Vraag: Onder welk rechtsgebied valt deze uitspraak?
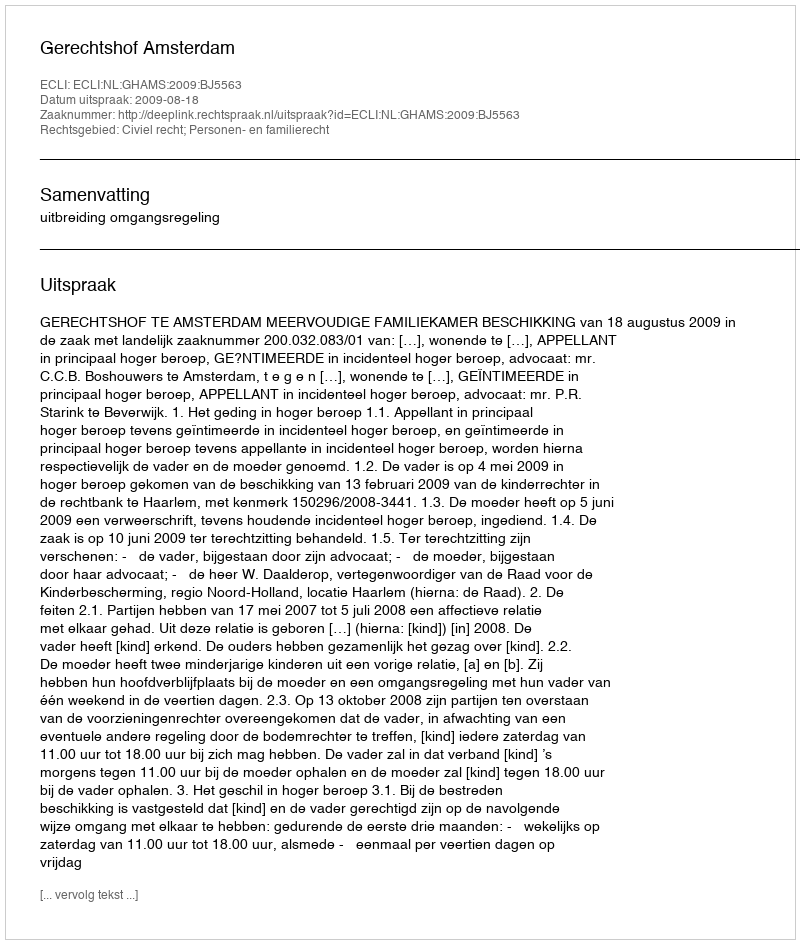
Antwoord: Civiel recht; Personen- en familierecht